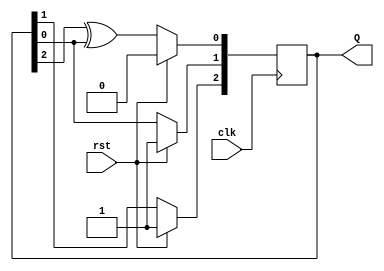
module Prandom(clk,rst,Q);
input clk;
input rst;
output [2:0] Q;
reg [2:0] Q;

 always@(posedge clk)
  begin
  if(rst)begin
    Q<=3'b110;
  end
  else
   begin
    Q[2]<=Q[1];
    Q[1]<=Q[0];
    Q[0]<=Q[2]^Q[0];
      end
    end
  endmodule